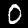
Label: 0